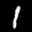
Label: 1